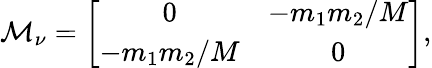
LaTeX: {\cal M}_{\nu}=\left[\begin{array}{cc}{{0}}&{{-m_{1}m_{2}/M}}\\ {{-m_{1}m_{2}/M}}&{{0}}\end{array}\right],